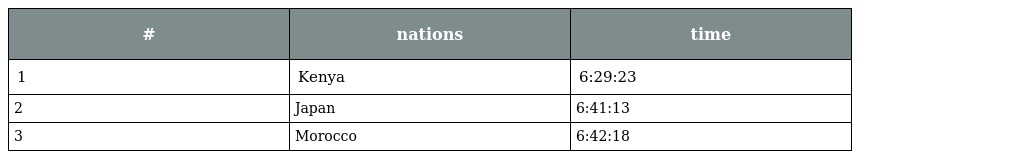
| # | nations | time |
 | --- | --- | --- |
 | 1 | Kenya | 6:29:23 |
 | 2 | Japan | 6:41:13 |
 | 3 | Morocco | 6:42:18 |